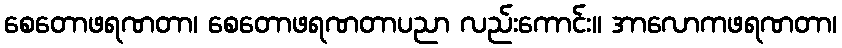
စေတောဖရဏတာ၊ စေတောဖရဏတာပညာ လည်းကောင်း။ အာလောကဖရဏတာ၊